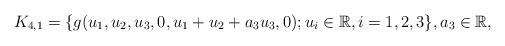
LaTeX: \begin{align*} K_{4,1}=\{g(u_1,u_2,u_3,0,u_1+u_2+a_3u_3,0);u_i \in \mathbb R, i=1,2,3 \}, a_3 \in \mathbb R, \end{align*}